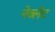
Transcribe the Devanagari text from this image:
नेब्लेट